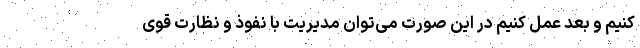
کنیم و بعد عمل کنیم در این صورت می‌توان مدیریت با نفوذ و نظارت قوی